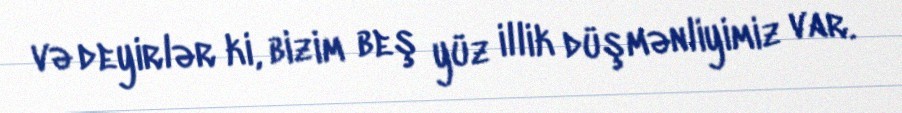
və deyirlər ki, bizim beş yüz illik düşmənliyimiz var.